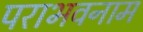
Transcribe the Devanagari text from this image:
पराभवनाम